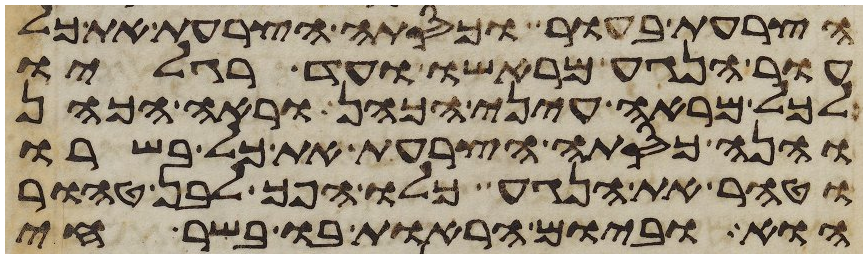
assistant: הצרעת בעור וכסתה הצרעת את כל
עור הנגע מראשו עד רגליו
לכל מראה עיני הכהן וראה הכהן
והנה כסתה הצרעת את כל בשרו
וטהר את הנגע כלו הפך לבן טהור
הוא וביום הראות בו בשר חי